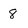
Character: 8